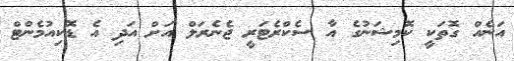
އަނެއް ގޮތަކީ ކޮމިޝަނުގެ އާ ސެކްރެޓަރީ ޖެނެރަލް އަށް އަދި އެ ޑޮކިއުމެންޓް